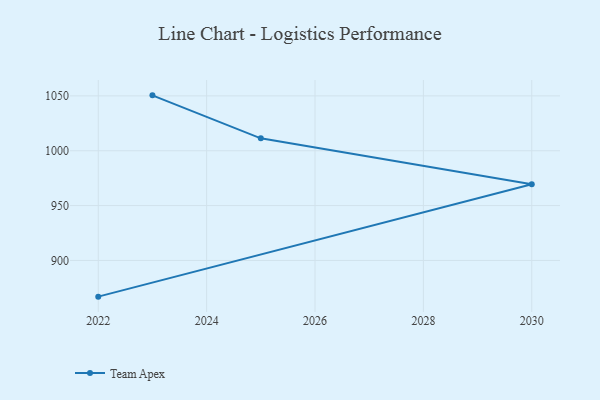
{"axis": {"x": "Year", "y": "Production Output"}, "legend": ["Team Apex"], "data": [{"x": "2023", "y": 1050.5, "type": "Team Apex"}, {"x": "2025", "y": 1011.3, "type": "Team Apex"}, {"x": "2030", "y": 969.5, "type": "Team Apex"}, {"x": "2022", "y": 867.0, "type": "Team Apex"}]}